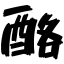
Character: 酪